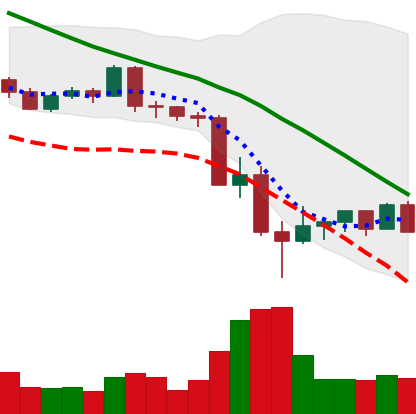
Ticker: LTC-USD
Chart end date: 2022-05-18
Forward return: 3.91%
Label: up_3_5